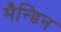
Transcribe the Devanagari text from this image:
मैन्डिन